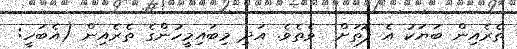
ތެރެއިން ބަޔަކު އެ ފޮތަށް  ވެތެވެ. އަދި މިބައިމީހުންގެ ތެރެއިން (އެބަހީ: